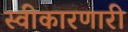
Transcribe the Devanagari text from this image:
स्वीकारणारी